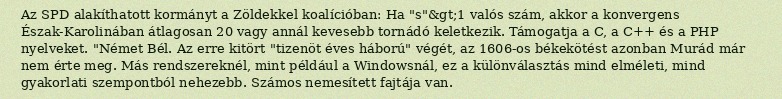
Az SPD alakíthatott kormányt a Zöldekkel koalícióban: Ha "s"&gt;1 valós szám, akkor a konvergens Észak-Karolinában átlagosan 20 vagy annál kevesebb tornádó keletkezik. Támogatja a C, a C++ és a PHP nyelveket. "Német Bél. Az erre kitört "tizenöt éves háború" végét, az 1606-os békekötést azonban Murád már nem érte meg. Más rendszereknél, mint például a Windowsnál, ez a különválasztás mind elméleti, mind gyakorlati szempontból nehezebb. Számos nemesített fajtája van.